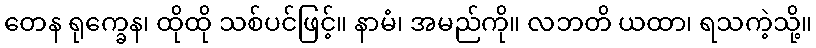
တေန ရုက္ခေန၊ ထိုထို သစ်ပင်ဖြင့်။ နာမံ၊ အမည်ကို။ လဘတိ ယထာ၊ ရသကဲ့သို့။